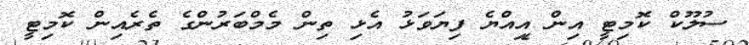
ސުލޫކް ކޮމިޓީ އިން އިއްޔެ ފިޔަވަޅު އެޅި ތިން މެމްބަރުންގެ ތެރެއިން ކޮމިޓީ